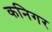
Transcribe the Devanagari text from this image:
कनिगर